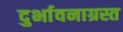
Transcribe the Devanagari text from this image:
दुर्भावनाग्रस्त